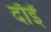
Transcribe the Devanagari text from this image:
दाँईं